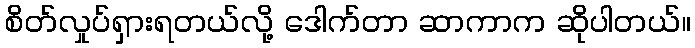
စိတ်လှုပ်ရှားရတယ်လို့ ဒေါက်တာ ဆာကာက ဆိုပါတယ်။